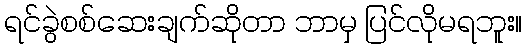
ရင်ခွဲစစ်ဆေးချက်ဆိုတာ ဘာမှ ပြင်လိုမရဘူး။